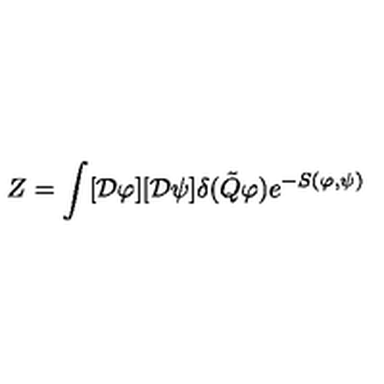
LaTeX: Z = \int [ { \cal D } \varphi ] [ { \cal D } \psi ] \delta ( \tilde { Q } \varphi ) e ^ { - S ( \varphi , \psi ) }